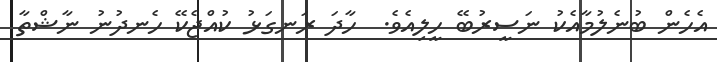
އެހެން ބުނެލުމާއެކު ނަސީރުބޭ ހީލިއެވެ.  ހާދަ ރަނގަޅު ކުއްޖެކޭ ހެނދުނު ނާޝްތާ